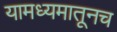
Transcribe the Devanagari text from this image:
यामध्यमातूनच